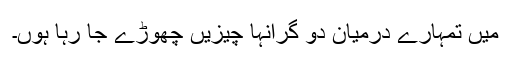
میں تمہارے درمیان دو گرانہا چیزیں چھوڑے جا رہا ہوں۔